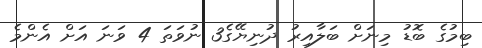
ބިމުގެ ބޮޑު މިނަށް ބަލާއިރު ދުނިޔޭގެ3 ނުވަތަ 4 ވަނަ އަށް އެންމެ